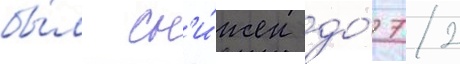
бы́л сн'и́жен до́ 72